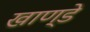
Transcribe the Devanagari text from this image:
खाण्डे